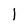
Character: 1